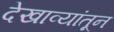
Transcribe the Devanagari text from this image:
देखाव्यांतून